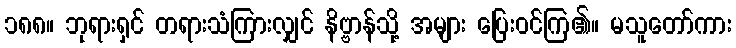
၁၈၈။ ဘုရားရှင် တရားသံကြားလျှင် နိဗ္ဗာန်သို့ အများ ပြေးဝင်ကြ၏။ မသူတော်ကား